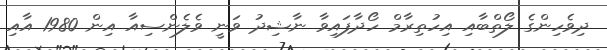
ދިވެހިންގެ ލޯތްބާއި އިހުތިރާމް ހޯދާފައިވާ ނާޝިދު ވަނީ ވެލެންސިއާ އިން 1980 އާއި